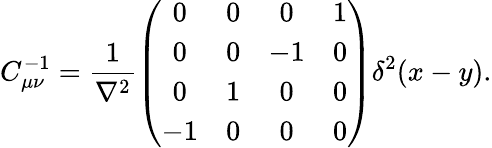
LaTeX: C_{\mu\nu}^{-1}=\frac{1}{\nabla^{2}}\left(\begin{array}{cccc}{{0}}&{{0}}&{{0}}&{{1}}\\ {{0}}&{{0}}&{{-1}}&{{0}}\\ {{0}}&{{1}}&{{0}}&{{0}}\\ {{-1}}&{{0}}&{{0}}&{{0}}\end{array}\right)\delta^{2}(x-y).